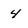
Character: 4